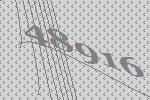
48916